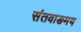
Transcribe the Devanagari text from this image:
संतवाङमय